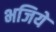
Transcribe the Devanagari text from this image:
भजिये